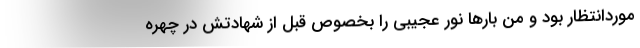
موردانتظار بود و من بارها نور عجیبی را بخصوص قبل از شهادتش در چهره